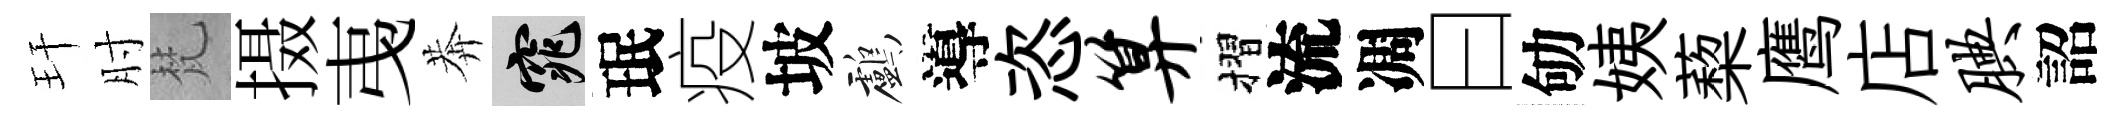
玕肘梵摄𢎯莾窕珉疫坡鸕導恣算摺流凋曰劬姨蔾鹰店腆詔